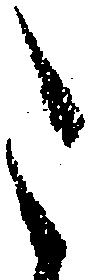
た